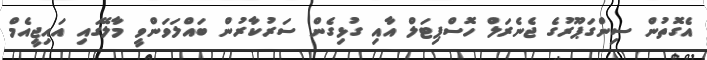
އެގޮތުން ސިންގަޕޫރުގެ ޖެނެރަލް ހޮސްޕިޓަލް އާއި ގުޅިގެން ސަރުކާރުން ބައްލަވަންވީ މާލޭގައި އައިޖީއެމް